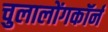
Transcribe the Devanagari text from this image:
चुलालोंगकॉर्न